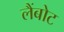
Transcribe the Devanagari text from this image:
लैंबोट